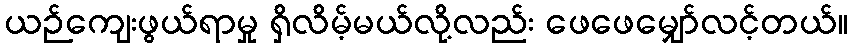
ယဉ်ကျေးဖွယ်ရာမှု ရှိလိမ့်မယ်လို့လည်း ဖေဖေမျှော်လင့်တယ်။